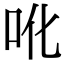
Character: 吪